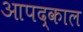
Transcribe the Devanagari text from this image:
आपद्काल